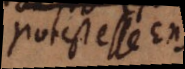
potest esse Ens.